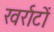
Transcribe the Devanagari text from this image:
खर्राटों